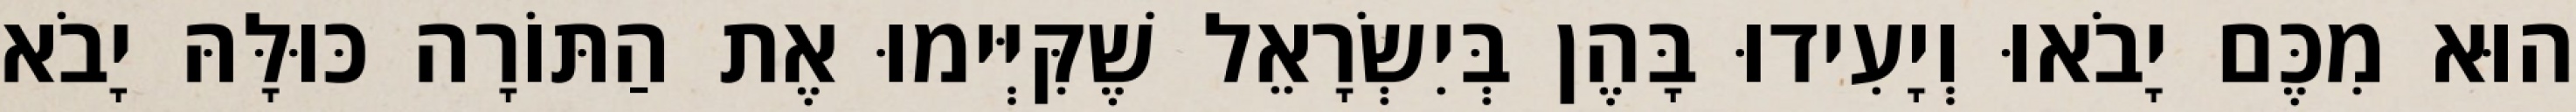
הוּא מִכֶּם יָבֹאוּ וְיָעִידוּ בָּהֶן בְּיִשְׂרָאֵל שֶׁקִּיְּימוּ אֶת הַתּוֹרָה כּוּלָּהּ יָבֹא